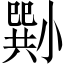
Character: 𡮭